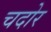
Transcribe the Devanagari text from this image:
चदोर